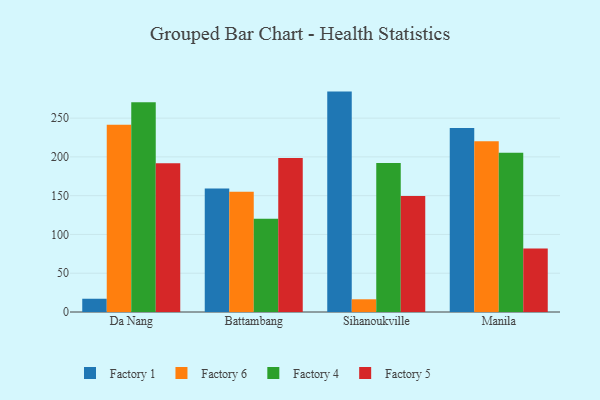
{"axis": {"x": "City", "y": "Website Visitors"}, "legend": ["Factory 1", "Factory 4", "Factory 5", "Factory 6"], "data": [{"x": "Da Nang", "y": 17.1, "type": "Factory 1"}, {"x": "Da Nang", "y": 241.5, "type": "Factory 6"}, {"x": "Da Nang", "y": 270.4, "type": "Factory 4"}, {"x": "Da Nang", "y": 191.9, "type": "Factory 5"}, {"x": "Battambang", "y": 159.4, "type": "Factory 1"}, {"x": "Battambang", "y": 155.1, "type": "Factory 6"}, {"x": "Battambang", "y": 120.2, "type": "Factory 4"}, {"x": "Battambang", "y": 198.5, "type": "Factory 5"}, {"x": "Sihanoukville", "y": 284.2, "type": "Factory 1"}, {"x": "Sihanoukville", "y": 16.4, "type": "Factory 6"}, {"x": "Sihanoukville", "y": 192.1, "type": "Factory 4"}, {"x": "Sihanoukville", "y": 149.7, "type": "Factory 5"}, {"x": "Manila", "y": 237.4, "type": "Factory 1"}, {"x": "Manila", "y": 220.3, "type": "Factory 6"}, {"x": "Manila", "y": 205.2, "type": "Factory 4"}, {"x": "Manila", "y": 82.0, "type": "Factory 5"}]}